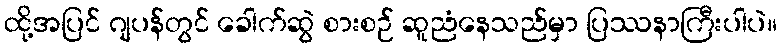
ထို့အပြင် ဂျပန်တွင် ခေါက်ဆွဲ စားစဉ် ဆူညံနေသည်မှာ ပြဿနာကြီးပါပဲ။